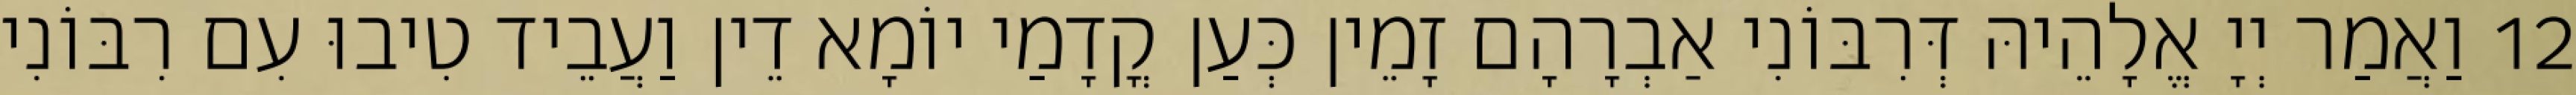
12 וַאֲמַר יְיָ אֱלָהֵיהּ דְּרִבּוֹנִי אַבְרָהָם זָמֵין כְּעַן קֳדָמַי יוֹמָא דֵין וַעֲבֵיד טִיבוּ עִם רִבּוֹנִי